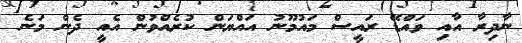
ނާދިރާ އާއި ވައްޑޭ ރައީސް މައުމޫނު އައްޔަން ކުރެއްވުން އެއީ ދެން މަނެ